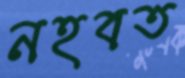
নহবত